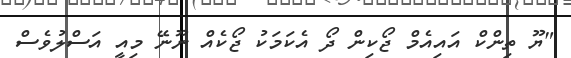
"ޔޫ ތިންކް އައިއެމް ޖޯކިން ދޯ އެކަމަކު ޖޯކެއް ނޫނޭ މިއީ އަސްލުވެސް